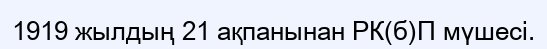
1919 жылдың 21 ақпанынан РК(б)П мүшесі.